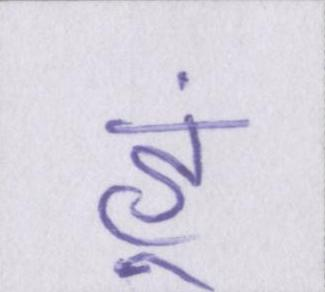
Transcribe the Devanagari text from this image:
हूं